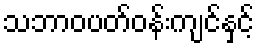
သဘာဝပတ်ဝန်းကျင်နှင့်